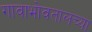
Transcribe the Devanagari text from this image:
गावाभोवतालच्या